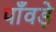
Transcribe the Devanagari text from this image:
पाँवड़े